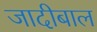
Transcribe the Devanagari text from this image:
जादीबाल